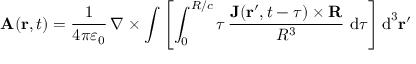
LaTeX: \mathbf { A } ( \mathbf { r } , t ) = { \frac { 1 } { 4 \pi \varepsilon _ { 0 } } } \, \nabla \times \int \left[ \int _ { 0 } ^ { R / c } \tau \, { \frac { { \mathbf { J } ( \mathbf { r } ^ { \prime } , t - \tau ) } \times { \mathbf { R } } } { R ^ { 3 } } } \, \operatorname { d } \! \tau \right] \operatorname { d } ^ { 3 } \! \mathbf { r } ^ { \prime }